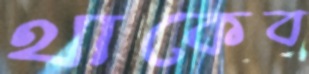
থাকেব